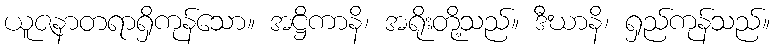
ယူဇနာတရာရှိကုန်သော။ အဋ္ဌိကာနိ၊ အရိုးတို့သည်။ ဒီဃာနိ၊ ရှည်ကုန်သည်။